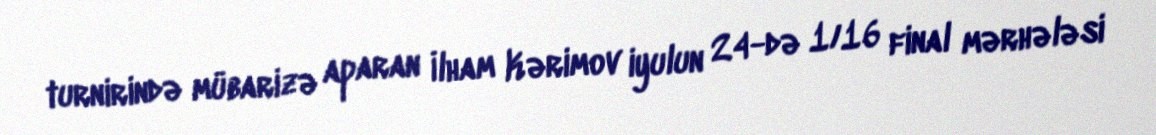
turnirində mübarizə aparan İlham Kərimov iyulun 24-də 1/16 final mərhələsi